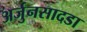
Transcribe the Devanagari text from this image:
अर्जुनसादडा